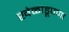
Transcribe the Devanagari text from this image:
खेळाडूपणा